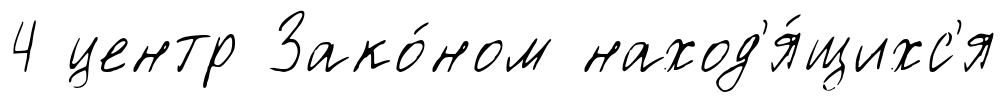
4 центр Зако́ном наход'я́щихс'я